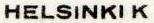
HELSINKI K